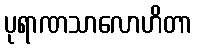
ပုရာဏသာလောဟိတာ